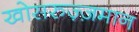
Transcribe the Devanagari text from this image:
खोसरुज़्ज़मान